Source: Handwritten
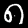
Digit: ၈ (8)